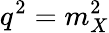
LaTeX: q^{2}=m_{X}^{2}